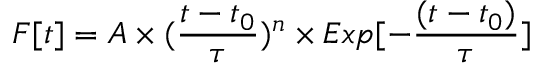
F [ t ] = A \times ( \frac { t - t _ { 0 } } { \tau } ) ^ { n } \times E x p [ - \frac { ( t - t _ { 0 } ) } { \tau } ]